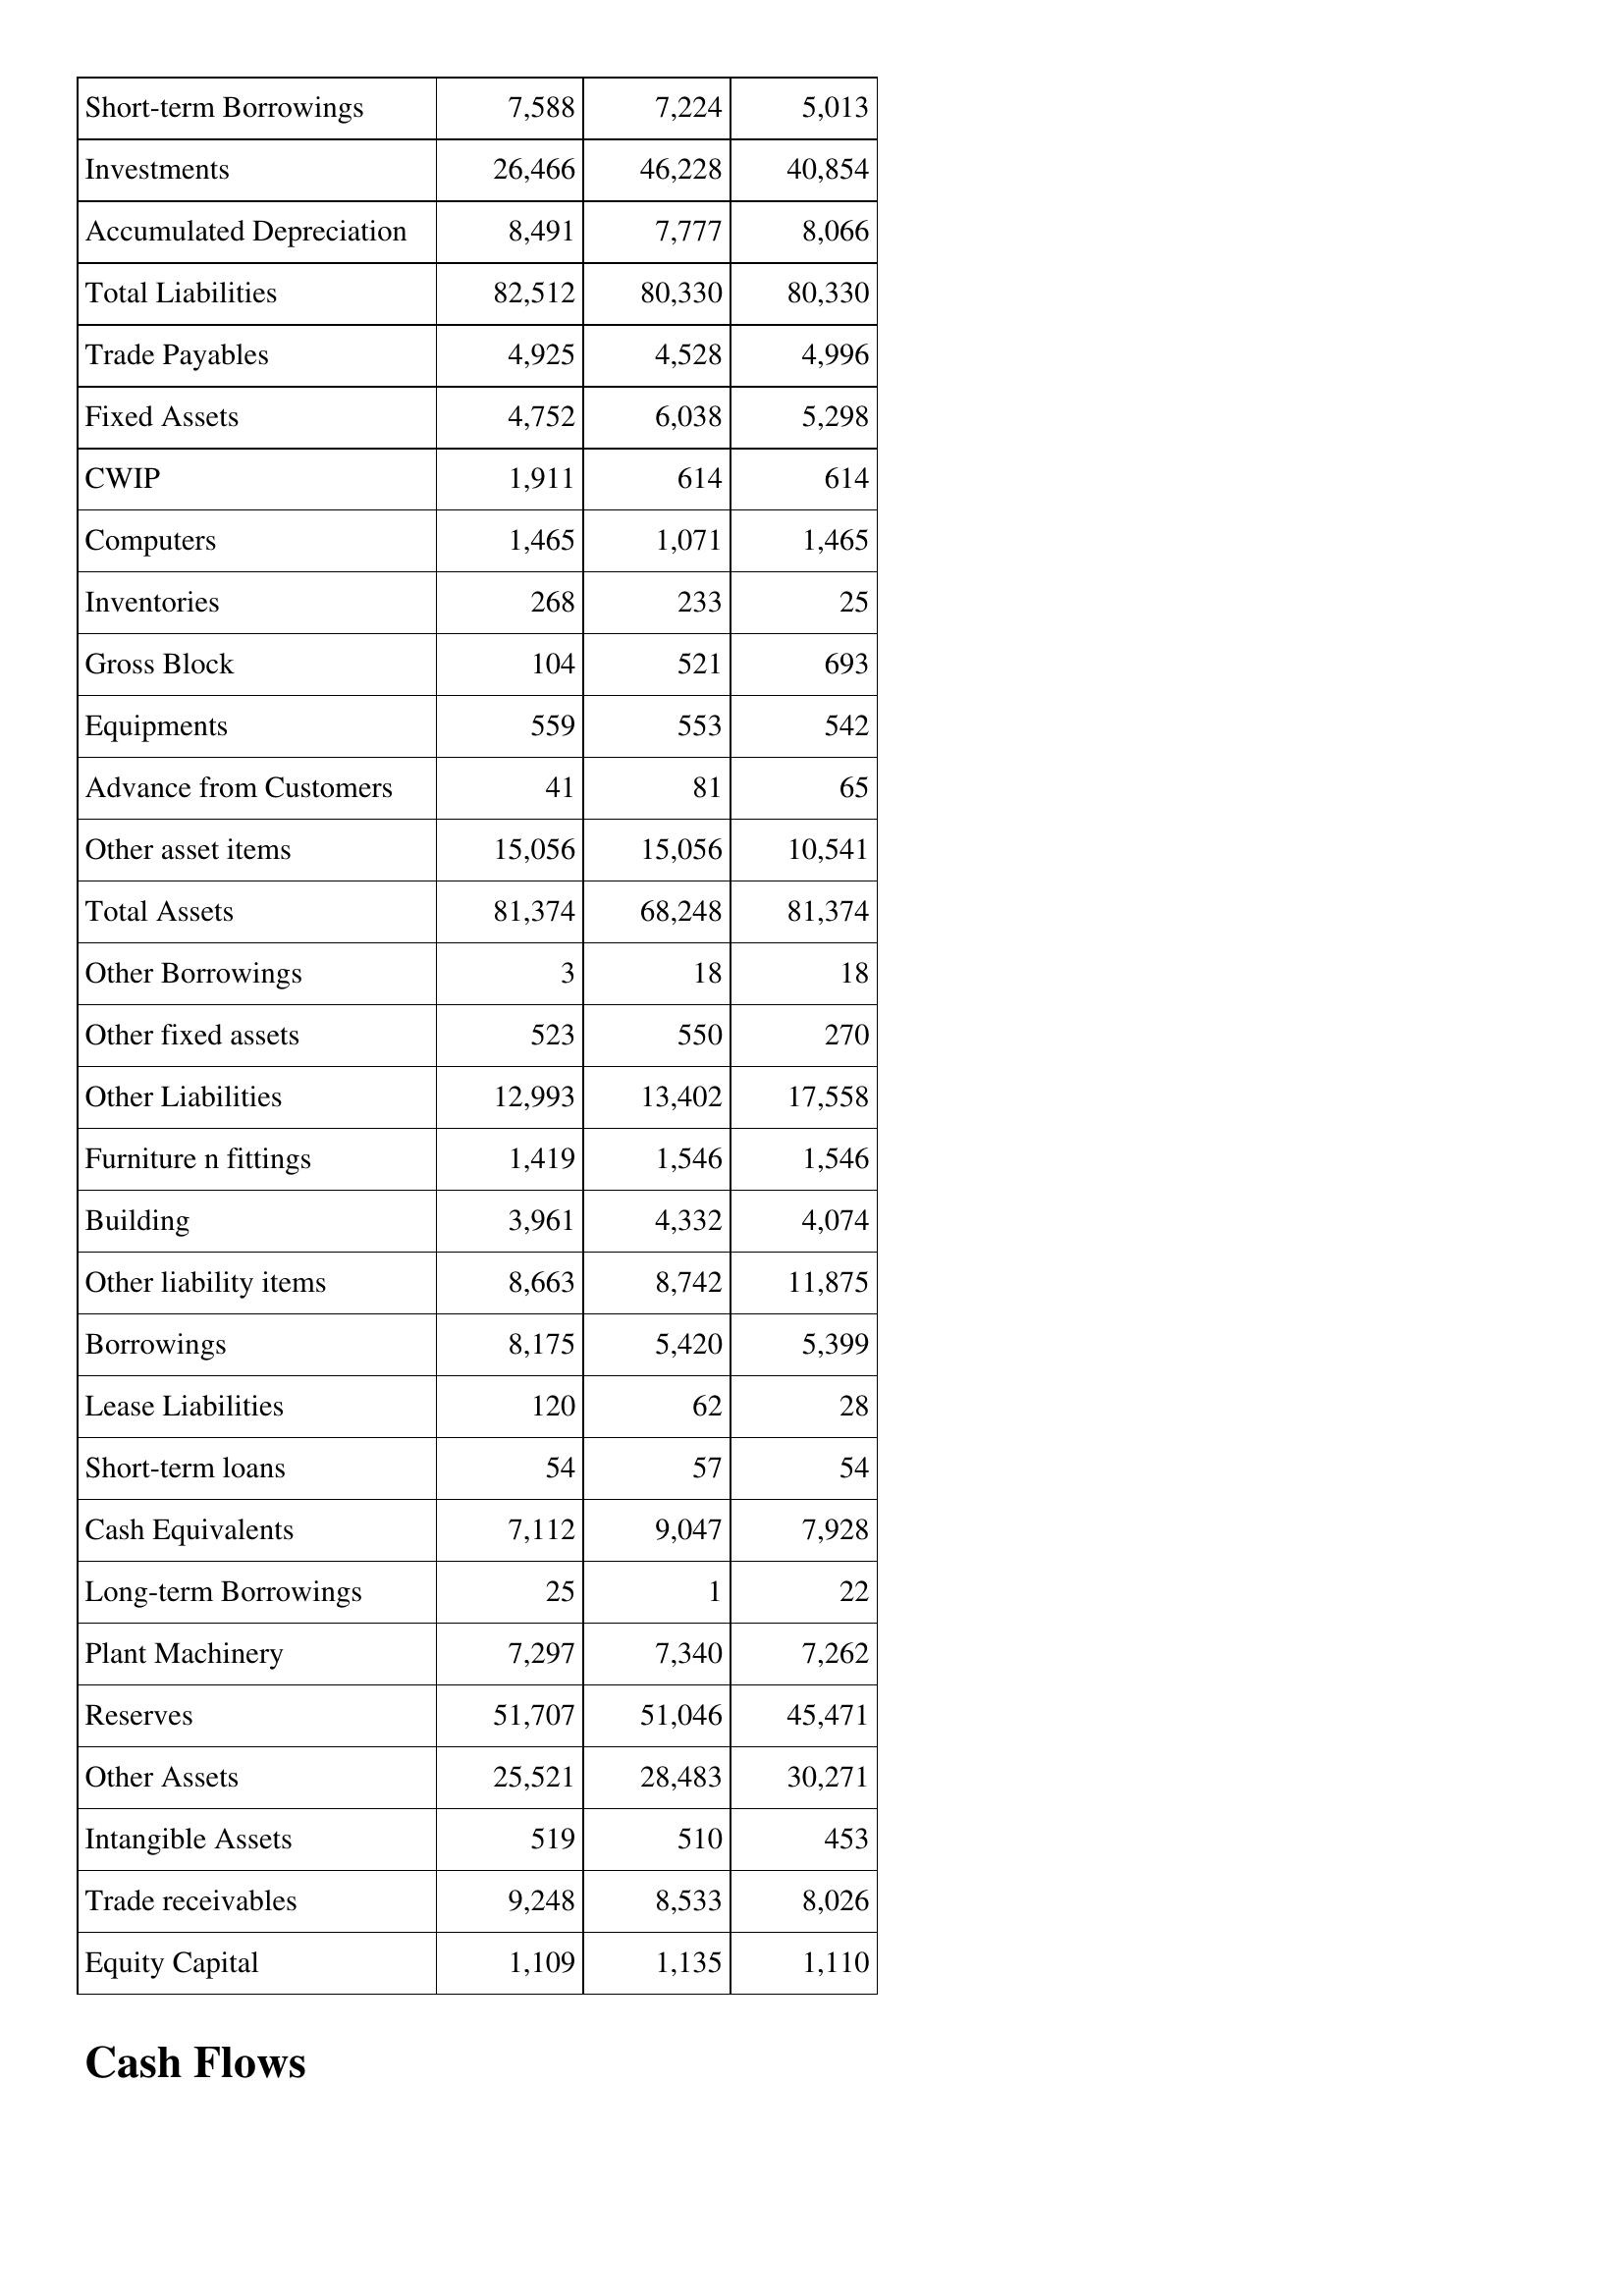
Apr-12: Balance Sheet: Short-term Borrowings: 7,588
Investments: 26,466
Accumulated Depreciation: 8,491
Total Liabilities: 82,512
Trade Payables: 4,925
Fixed Assets: 4,752
CWIP: 1,911
Computers: 1,465
Inventories: 268
Gross Block: 104
Equipments: 559
Advance from Customers: 41
Other asset items: 15,056
Total Assets: 81,374
Other Borrowings: 3
Other fixed assets: 523
Other Liabilities: 12,993
Furniture n fittings: 1,419
Building: 3,961
Other liability items: 8,663
Borrowings: 8,175
Lease Liabilities: 120
Short-term loans: 54
Cash Equivalents: 7,112
Long-term Borrowings: 25
Plant Machinery: 7,297
Reserves: 51,707
Other Assets: 25,521
Intangible Assets: 519
Trade receivables: 9,248
Equity Capital: 1,109
Apr-11: Balance Sheet: Short-term Borrowings: 7,224
Investments: 46,228
Accumulated Depreciation: 7,777
Total Liabilities: 80,330
Trade Payables: 4,528
Fixed Assets: 6,038
CWIP: 614
Computers: 1,071
Inventories: 233
Gross Block: 521
Equipments: 553
Advance from Customers: 81
Other asset items: 15,056
Total Assets: 68,248
Other Borrowings: 18
Other fixed assets: 550
Other Liabilities: 13,402
Furniture n fittings: 1,546
Building: 4,332
Other liability items: 8,742
Borrowings: 5,420
Lease Liabilities: 62
Short-term loans: 57
Cash Equivalents: 9,047
Long-term Borrowings: 1
Plant Machinery: 7,340
Reserves: 51,046
Other Assets: 28,483
Intangible Assets: 510
Trade receivables: 8,533
Equity Capital: 1,135
Apr-10: Balance Sheet: Short-term Borrowings: 5,013
Investments: 40,854
Accumulated Depreciation: 8,066
Total Liabilities: 80,330
Trade Payables: 4,996
Fixed Assets: 5,298
CWIP: 614
Computers: 1,465
Inventories: 25
Gross Block: 693
Equipments: 542
Advance from Customers: 65
Other asset items: 10,541
Total Assets: 81,374
Other Borrowings: 18
Other fixed assets: 270
Other Liabilities: 17,558
Furniture n fittings: 1,546
Building: 4,074
Other liability items: 11,875
Borrowings: 5,399
Lease Liabilities: 28
Short-term loans: 54
Cash Equivalents: 7,928
Long-term Borrowings: 22
Plant Machinery: 7,262
Reserves: 45,471
Other Assets: 30,271
Intangible Assets: 453
Trade receivables: 8,026
Equity Capital: 1,110